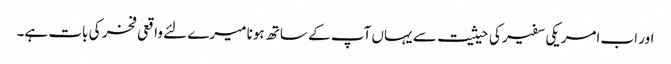
اور اب امریکی سفیر کی حیثیت سے یہاں آپ کے ساتھ ہونا میرے لئے واقعی فخر کی بات ہے۔